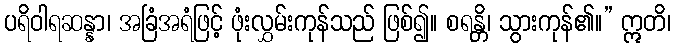
ပရိဝါရဆန္နာ၊ အခြံအရံဖြင့် ဖုံးလွှမ်းကုန်သည် ဖြစ်၍။ စရန္တိ၊ သွားကုန်၏။” ဣတိ၊